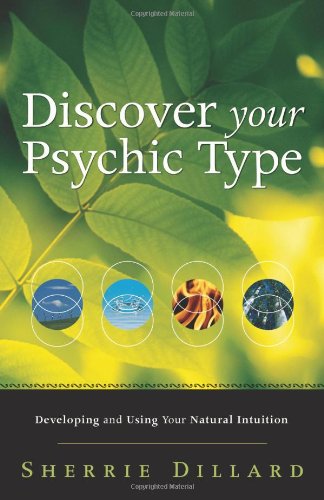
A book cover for Discover Your Psychic Type: Developing and Using Your Natural Intuition; Sherrie Dillard; Religion & Spirituality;